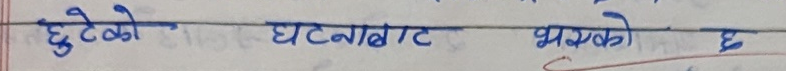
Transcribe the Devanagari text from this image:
छुटेको घटनाबाट भएको छ